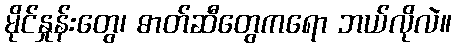
မိုင်နှုန်းတွေ၊ ဓာတ်ဆီတွေကရော ဘယ်လိုလဲ။